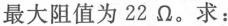
最大阻值为22Ω\Omega。求：